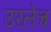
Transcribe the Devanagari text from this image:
उरलेच